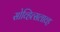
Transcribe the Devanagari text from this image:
सोव्हित्सलाव्ह